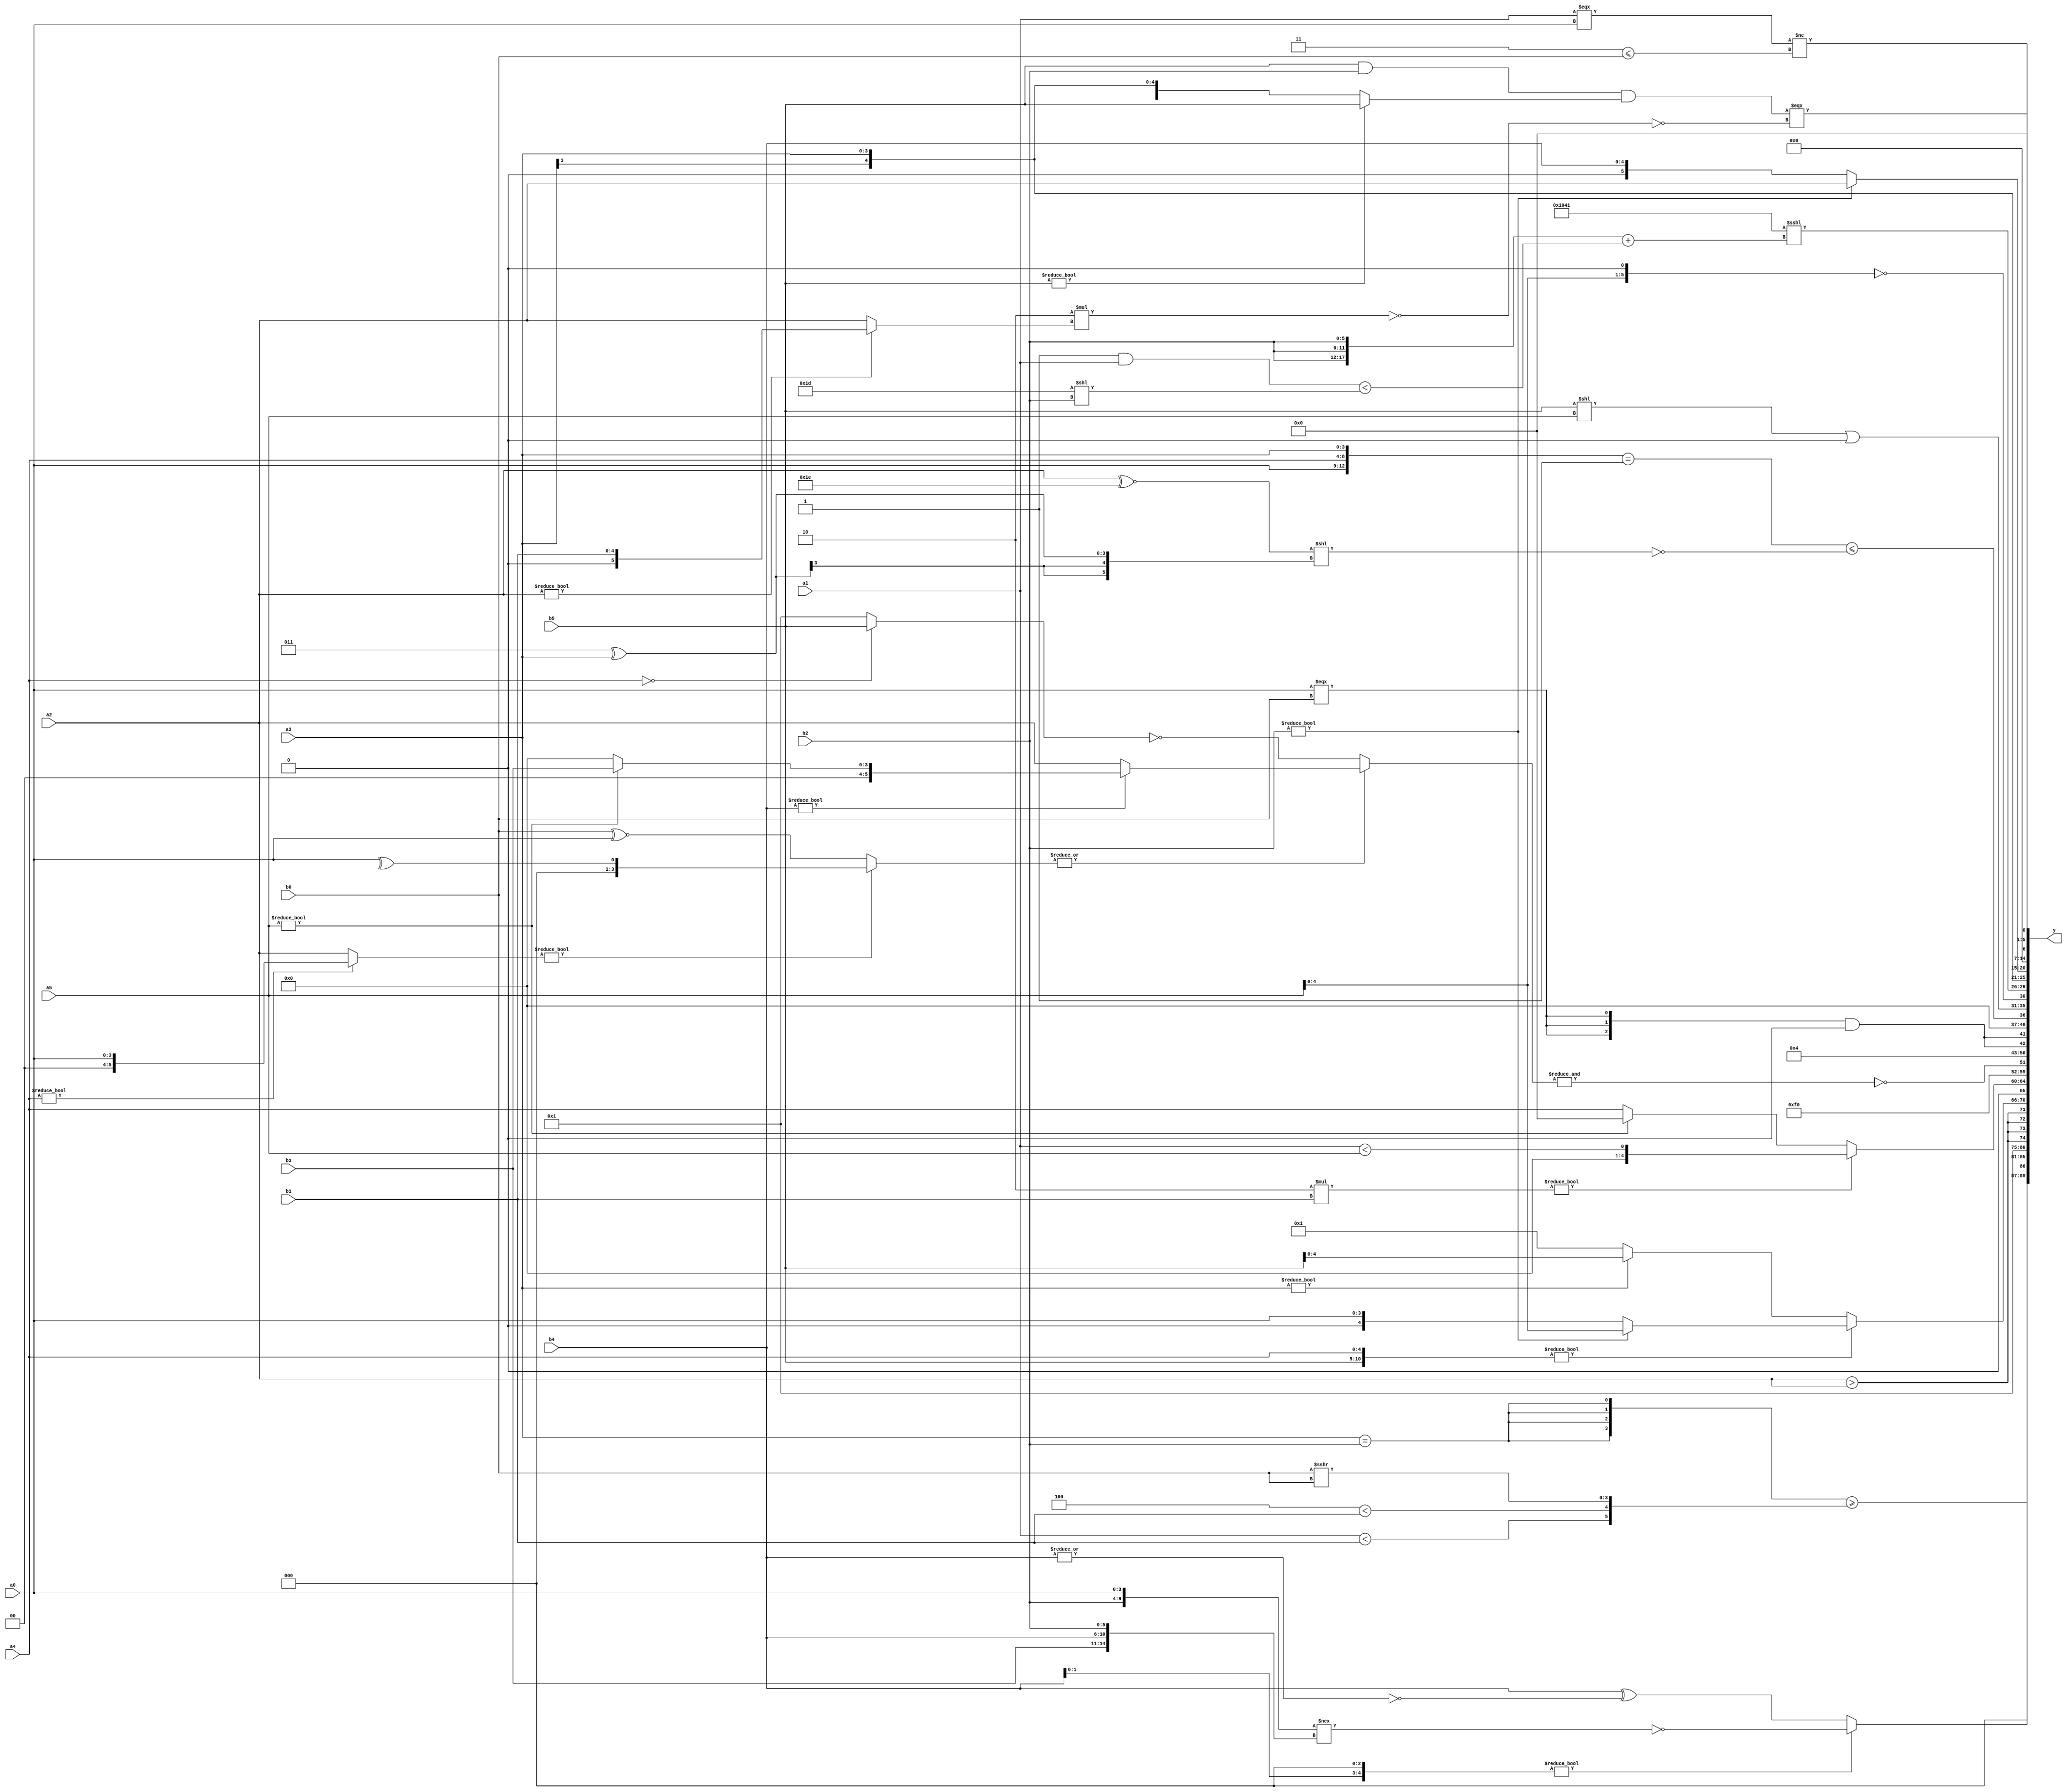
module expression_00103(a0, a1, a2, a3, a4, a5, b0, b1, b2, b3, b4, b5, y);
  input [3:0] a0;
  input [4:0] a1;
  input [5:0] a2;
  input signed [3:0] a3;
  input signed [4:0] a4;
  input signed [5:0] a5;

  input [3:0] b0;
  input [4:0] b1;
  input [5:0] b2;
  input signed [3:0] b3;
  input signed [4:0] b4;
  input signed [5:0] b5;

  wire [3:0] y0;
  wire [4:0] y1;
  wire [5:0] y2;
  wire signed [3:0] y3;
  wire signed [4:0] y4;
  wire signed [5:0] y5;
  wire [3:0] y6;
  wire [4:0] y7;
  wire [5:0] y8;
  wire signed [3:0] y9;
  wire signed [4:0] y10;
  wire signed [5:0] y11;
  wire [3:0] y12;
  wire [4:0] y13;
  wire [5:0] y14;
  wire signed [3:0] y15;
  wire signed [4:0] y16;
  wire signed [5:0] y17;

  output [89:0] y;
  assign y = {y0,y1,y2,y3,y4,y5,y6,y7,y8,y9,y10,y11,y12,y13,y14,y15,y16,y17};

  localparam [3:0] p0 = ({3{(^((4'sd6)&(4'sd6)))}}<<(((3'd2)>(3'd2))?{(2'd0),(5'd20),(-5'sd5)}:(~^((4'd3)-(2'd0)))));
  localparam [4:0] p1 = {4{{(-5'sd14),(2'd1),(2'sd0)}}};
  localparam [5:0] p2 = (((5'sd9)+(5'd17))||((4'd7)+(3'sd3)));
  localparam signed [3:0] p3 = (~{2{(~^{1{((3'd3)>>>(4'd2))}})}});
  localparam signed [4:0] p4 = (-3'sd3);
  localparam signed [5:0] p5 = ((2'sd0)?(4'sd1):(5'sd3));
  localparam [3:0] p6 = (!(!(+(^(5'd29)))));
  localparam [4:0] p7 = (-3'sd2);
  localparam [5:0] p8 = (~^(~|{(!((-2'sd0)?(4'sd1):(3'd2))),({(3'd4),(5'sd10)}?((-2'sd0)||(3'sd2)):(+(-2'sd1))),(~^((-(-4'sd1))-(~(-2'sd0))))}));
  localparam signed [3:0] p9 = {{{((3'd0)-(2'sd0)),((-3'sd1)?(3'd3):(3'd5))}},{((-4'sd4)<<<(5'd3)),(2'd2)},{{(4'd5),(4'd2)},((-5'sd5)<<<(4'd4))}};
  localparam signed [4:0] p10 = ((~&((4'd2 * (4'd5))&(~^((-2'sd0)&(-4'sd5)))))<<(~({4{(3'd6)}}=={2{(-4'sd5)}})));
  localparam signed [5:0] p11 = {{{3{(3'd0)}}},({(-5'sd5),(-5'sd1)}>(~|(3'd3))),(|({4{(3'd4)}}!=((4'd5)+(5'd13))))};
  localparam [3:0] p12 = ((5'd2 * ((4'd4)!==(4'd14)))>=((2'd3)==((-3'sd3)^(3'sd3))));
  localparam [4:0] p13 = (((5'sd7)?(3'd6):(5'd13))|((2'sd0)?(4'sd6):(-4'sd3)));
  localparam [5:0] p14 = {(!{3{(5'd13)}})};
  localparam signed [3:0] p15 = (({(5'd26)}^~((3'd1)!=(4'd11)))!=({(4'd11),(2'd1),(-3'sd2)}+((-2'sd1)!==(2'd2))));
  localparam signed [4:0] p16 = ((4'd7)!=(3'd5));
  localparam signed [5:0] p17 = ((3'sd1)&({1{{4{(3'd1)}}}}===(3'd0)));

  assign y0 = {1{({4{(a3==b2)}}>={(a1<b1),(+(p1<b1)),(b0>>>b0)})}};
  assign y1 = (((p1?b4:p12)<<(p17?p4:p5))?(~({b2,a0}!=={b3,b4,b2})):({p14,p15,b4}^(~|(+b4))));
  assign y2 = (2'sd1);
  assign y3 = {4{(a2>a2)}};
  assign y4 = {({(p7?b5:p0),(a3?a4:a4)}?(b2?a5:a0):(a3?b5:p12))};
  assign y5 = ((5'd2 * b1)?(a1<a5):(a5?p17:a4));
  assign y6 = (~(({1{b3}}?(5'd23):(-3'sd3))?((p6?a4:p16)?{1{p14}}:(-5'sd10)):((~p6)<{b1})));
  assign y7 = (~&((~|((a4?a0:a2)?(^a0):(b0^~a0)))?(~((!a4)?(p5?b5:b3):(~^p9))):((+b4)?(a5?b3:p9):(p0?a3:a2))));
  assign y8 = (^(|(+(-(~^p17)))));
  assign y9 = {2{({3{(a0===b0)}}&&(-(~|(p7>=p2))))}};
  assign y10 = $unsigned((({a0,a4,a3}==$unsigned((|p12)))<=(!$signed(((a2^~p7)<<(p5^a3))))));
  assign y11 = {((b5<<a5)|{p0}),(+(!(a5<<p15)))};
  assign y12 = ({3{(p8>>>p0)}}<<<({3{b2}}+((p2&a1)<(p4<<b2))));
  assign y13 = (p11?a3:b5);
  assign y14 = (b2?a2:b4);
  assign y15 = (p9|p14);
  assign y16 = (((b5&&b2)&&(b5?b5:a3))===(!(!(6'd2 * (a2?b1:a2)))));
  assign y17 = ((a1===a0)!=(p5<=b0));
endmodule